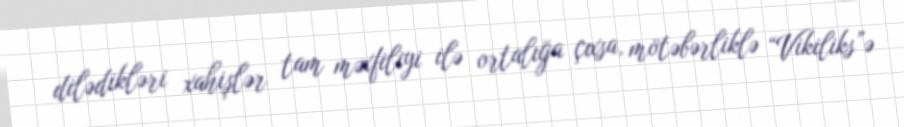
dilədikləri xahişlər tam məxfiliyi ilə ortalığa çıxsa, mötəbərliklə “Vikiliks”ə